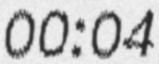
00:04